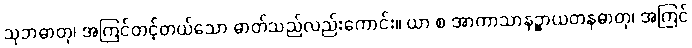
သုဘဓာတု၊ အကြင်တင့်တယ်သော ဓာတ်သည်လည်းကောင်း။ ယာ စ အာကာသာနဉ္စာယတနဓာတု၊ အကြင်